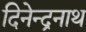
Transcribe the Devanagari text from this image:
दिनेन्द्रनाथ